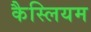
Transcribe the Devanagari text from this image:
कैस्लियम